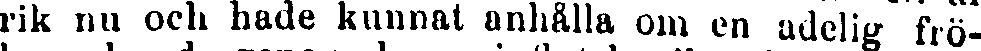
rik nu och hade kunnat anhålla om en adelig frö-